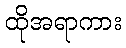
ထိုအရာကား